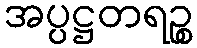
အပ္ပဋ္ဌတရဉ္စ